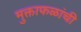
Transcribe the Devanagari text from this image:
मुक्ताफळांची